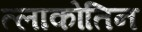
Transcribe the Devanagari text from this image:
त्लाकोतिन